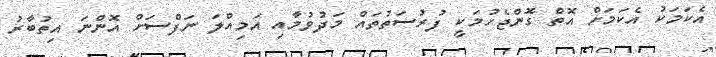
އެކަމަކު އެކަމަށް އޮތް ގޮންޖެހުމަކީ ފުރުސަތުތައް މަދުވުމާއި އަމިއްލަ ނަފްސަށް އޮންނަ އިތުބާރު